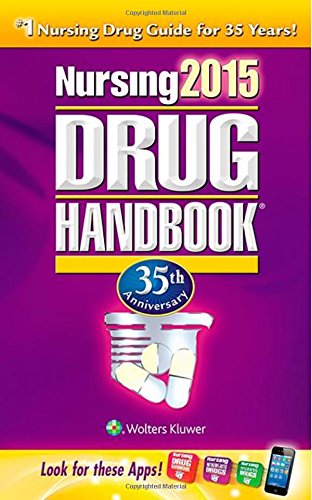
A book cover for Nursing 2015 Drug Handbook, 35th Anniversary Edition; Medical Books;